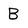
Character: B